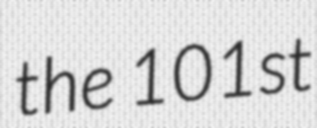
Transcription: the 101st